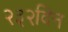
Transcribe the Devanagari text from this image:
२३२दिन